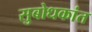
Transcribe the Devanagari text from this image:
सुबोधकांत